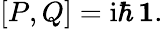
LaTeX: [P,Q]=\mathrm{i}\hbar\, {\mathbf 1}.